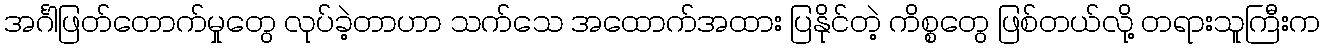
အင်္ဂါဖြတ်တောက်မှုတွေ လုပ်ခဲ့တာဟာ သက်သေ အထောက်အထား ပြနိုင်တဲ့ ကိစ္စတွေ ဖြစ်တယ်လို့ တရားသူကြီးက